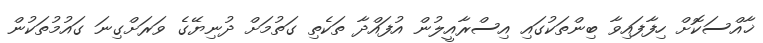
ޚާއްސަކޮށް ހިފާފައިވާ ބިންތަކުގައި އިސްރާއީލުން އުފައްދާ ތަކެތި ގަތުމަށް ދުނިޔޭގެ ވަރަށްގިނަ ގައުމުތަކުން